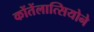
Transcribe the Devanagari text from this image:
कोंतेंलात्सियोने